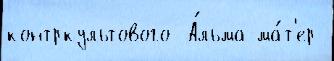
контркультового  А́льма-ма́т'ер